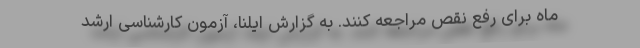
ماه برای رفع نقص مراجعه کنند. به گزارش ایلنا، آزمون کارشناسی ارشد